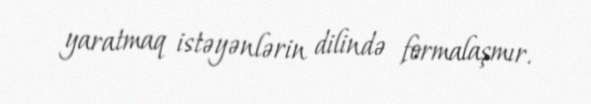
yaratmaq istəyənlərin dilində formalaşmır.